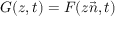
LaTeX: G ( z , t ) = F ( z { \vec { n } } , t )